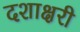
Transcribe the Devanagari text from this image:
दशाक्षरी